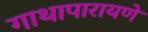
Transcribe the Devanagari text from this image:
गाथापारायणे